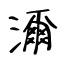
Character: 濔